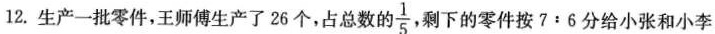
12.生产一批零件，王师傅生产了26个，占总数的 \frac{1}{5} 剩下的零件按7：6分给小张和小李